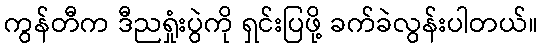
ကွန်တီက ဒီညရှုံးပွဲကို ရှင်းပြဖို့ ခက်ခဲလွန်းပါတယ်။